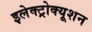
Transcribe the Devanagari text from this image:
इलेक्ट्रोक्यूशन